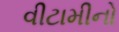
વીટામીનો